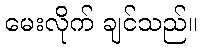
မေးလိုက် ချင်သည်။